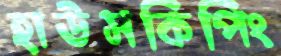
হাউসকিপিং